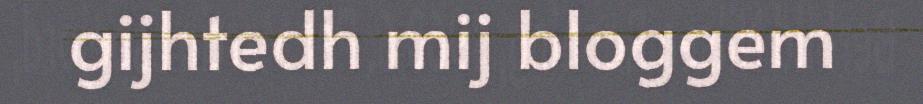
gijhtedh mij bloggem